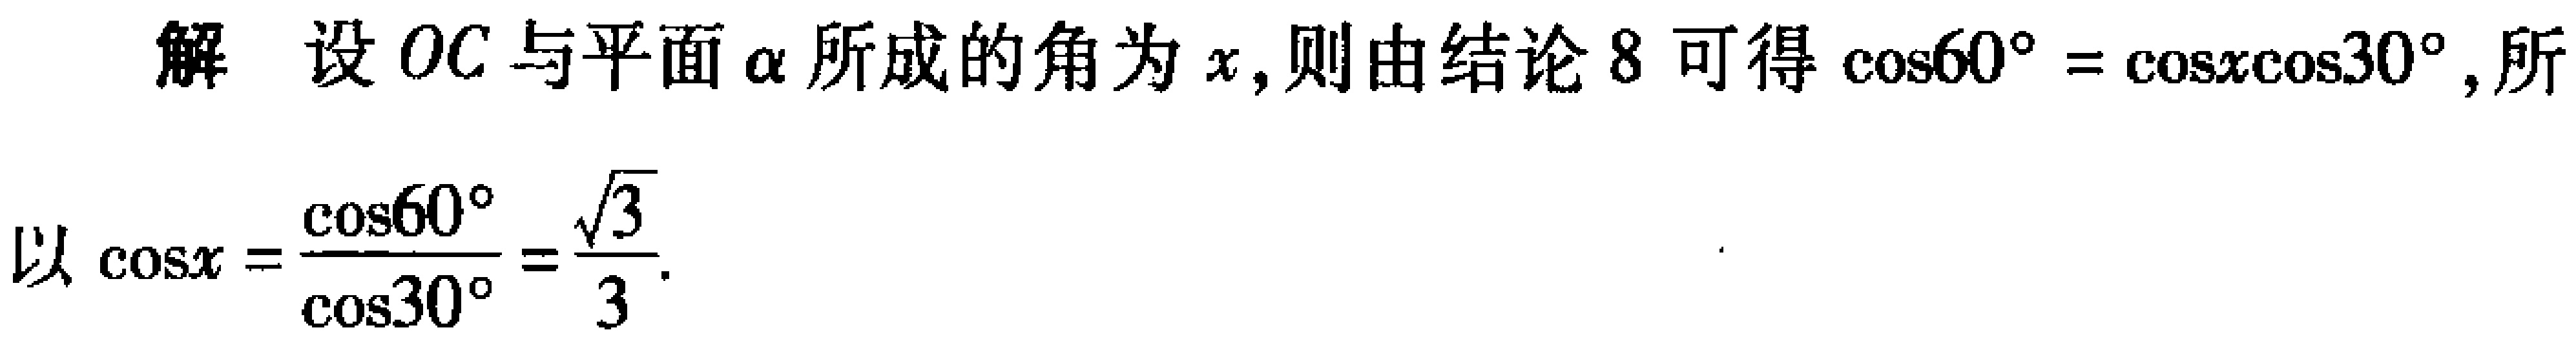
解 设 \(OC\) 与平面 \(\alpha\) 所成的角为 \(x\),则由结论 8 可得 \(\cos60^{\circ}=\cos x\cos30^{\circ}\),所
以 \(\cos x = \frac{\cos60^{\circ}}{\cos30^{\circ}}=\frac{\sqrt{3}}{3}\).